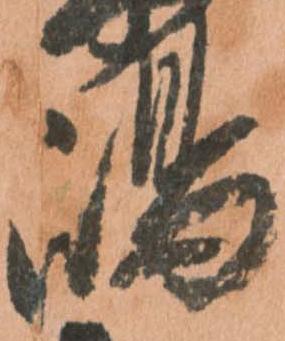
嶋